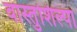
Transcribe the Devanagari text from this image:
वास्तुशिल्पा